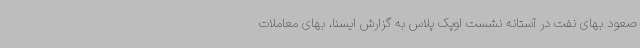
صعود بهای نفت در آستانه نشست اوپک پلاس به گزارش ایسنا، بهای معاملات